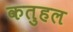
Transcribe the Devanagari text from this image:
कतुहल